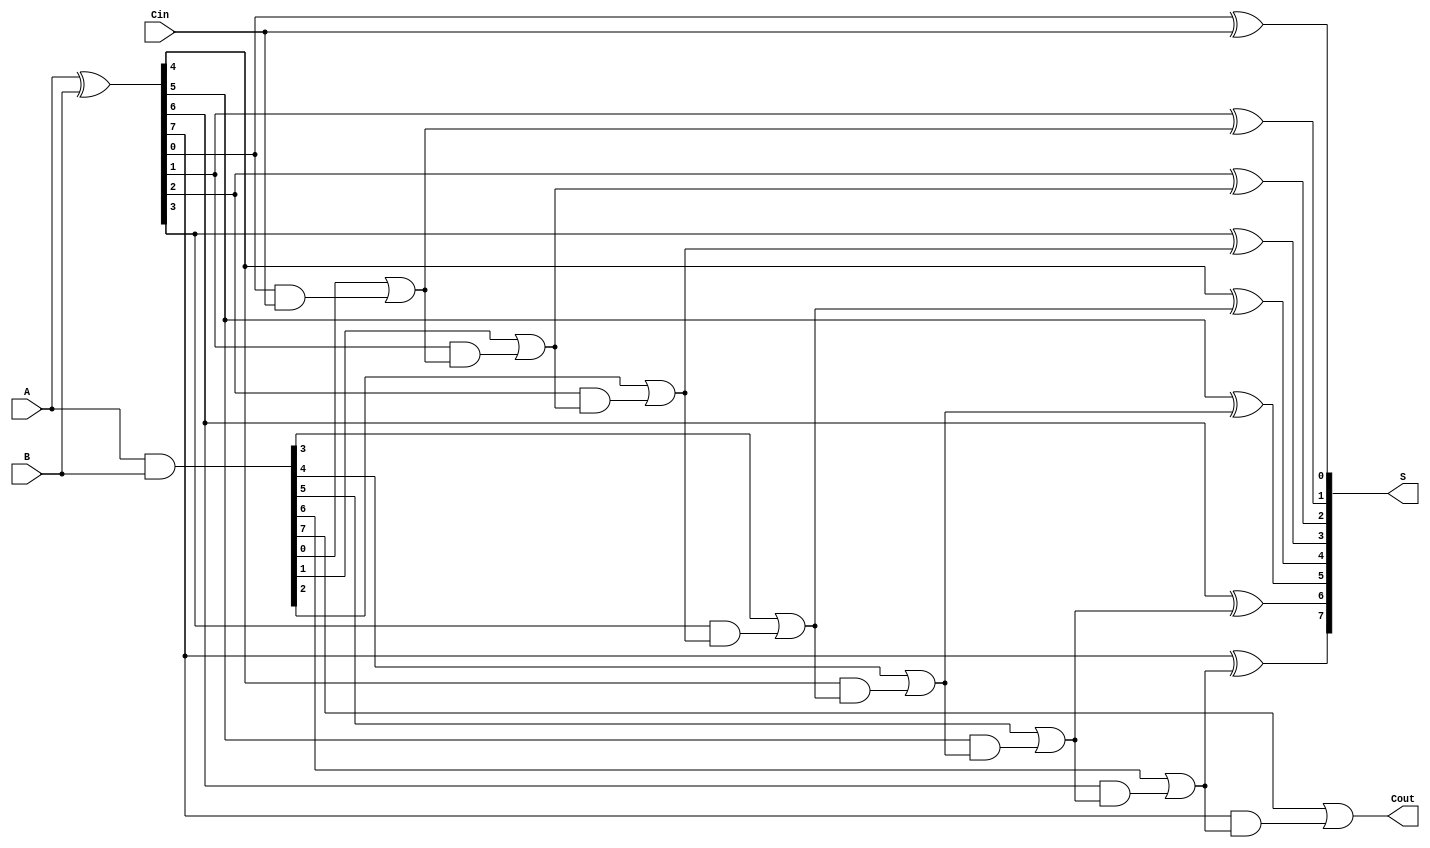
module ParallelPrefixAdder #(parameter N = 8) (
    input  [N-1:0] A,      // First operand
    input  [N-1:0] B,      // Second operand
    input         Cin,      // Carry-in
    output [N-1:0] S,      // Sum output
    output        Cout      // Carry-out
);

    // Generate and Propagate signals
    wire [N-1:0] P; // Propagate
    wire [N-1:0] G; // Generate
    wire [N:0] C;    // Carry signals

    // Preprocessing stage
    assign P = A ^ B; // P[i] = A[i] XOR B[i]
    assign G = A & B; // G[i] = A[i] AND B[i]

    // Carry generation using Kogge-Stone approach
    assign C[0] = Cin; // Initial carry-in

    genvar i, j;
    generate
        // Level 1
        for (i = 0; i < N; i = i + 1) begin
            assign C[i+1] = G[i] | (P[i] & C[i]);
        end
        
        // Sum calculation
        for (j = 0; j < N; j = j + 1) begin
            assign S[j] = P[j] ^ C[j]; // S[i] = P[i] XOR C[i]
        end
    endgenerate

    // Final carry-out
    assign Cout = C[N];

endmodule